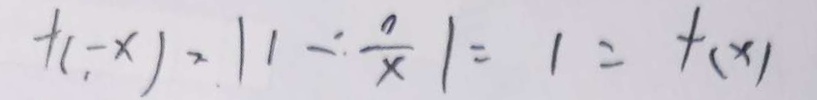
f ( - x ) = \vert 1 - \frac { 0 } { x } \vert = 1 = f ( x )